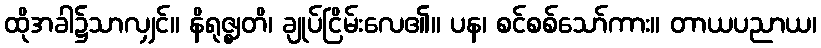
ထိုအခါ၌သာလျှင်။ နိရုဇ္ဈတိ၊ ချုပ်ငြိမ်းလေ၏။ ပန၊ စင်စစ်သော်ကား။ တာယပညာယ၊